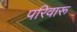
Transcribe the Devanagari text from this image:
परिवारू